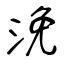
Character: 浼